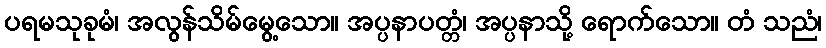
ပရမသုခုမံ၊ အလွန်သိမ်မွေ့သော။ အပ္ပနာပတ္တံ၊ အပ္ပနာသို့ ရောက်သော။ တံ သညံ၊